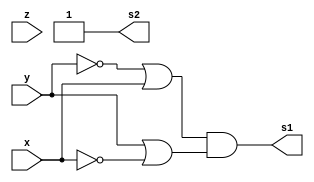
/*
 Guia_0402e.v
 810862 - Vitor Lucio de Oliveira
*/

module fxyz (output s1, output s2, input x, y, z);
assign s1 = ( ~y | x ) & ( y | ~x );
assign s2 = (~y | y)& (~x | x);
endmodule // fxyz

module Guia04;
	reg x, y, z;
	wire s1, s2, s3;

	fxyz FXY1 (s1, s2, x, y,z);


	initial begin: start
		x=1'bx; y=1'bx; z=1'bx; // indefinidos
	end

	initial begin: main
		// identificacao
		$display("Exemplo - Vitor Lucio de Oliveira - 810862");
        $display("Expressao: ( y + x' )' . ( y + x' )");
        $display(" x  y  z | ( y + x' )' . ( y + x' )");
		
		// sinalizacao
		#1 x=0; y=0;z=0;
		$monitor("%2b %2b %2b = %2b  %2b", x, y, z, s1, s2);
		#1 x=0; y=0;z=1;
		#1 x=0; y=1;z=0;
		#1 x=0; y=1;z=1;
		#1 x=1; y=0;z=0;
		#1 x=1; y=0;z=1;
		#1 x=1; y=1;z=0;
		#1 x=1; y=1;z=1;
	end
endmodule